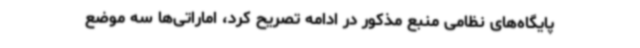
پایگاه‌های نظامی منبع مذکور در ادامه تصریح کرد، اماراتی‌ها سه موضع